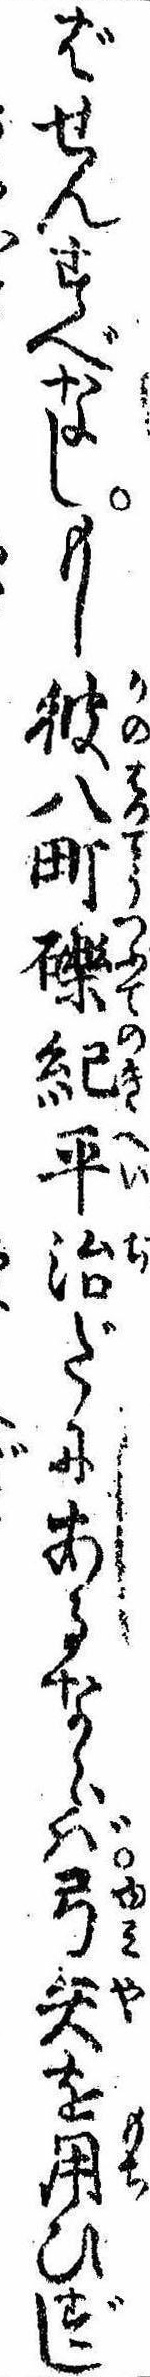
ばせんすべなしもし彼八町礫紀平治だにあるならば弓矢を用ひずし